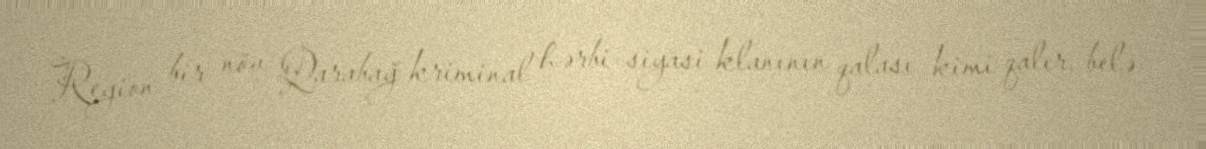
Region bir növ Qarabağ kriminal hərbi-siyasi klanının qalası kimi qalır, belə